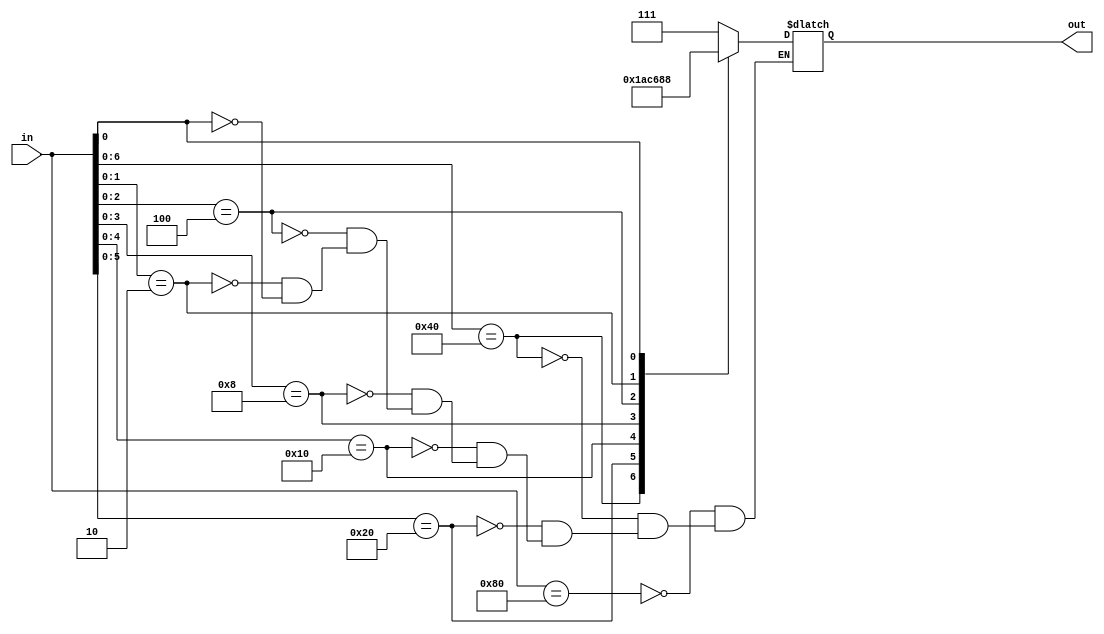
module priority_encoder(in, out);
    	input [7:0] in;

  output reg [2:0] out;  

	always @( in )
        begin
            casex (in)
              8'b10000000: out = 3'b111;
              8'bx1000000: out = 3'b110;
              8'bxx100000: out = 3'b101;
              8'bxxx10000: out = 3'b100;
              8'bxxxx1000: out = 3'b011;
              8'bxxxxx100: out = 3'b010;
              8'bxxxxxx10: out = 3'b001;
              8'bxxxxxxx1: out = 3'b000;
            endcase
        end
endmodule